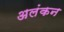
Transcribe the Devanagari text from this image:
अलंकन